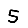
Digit: 5